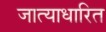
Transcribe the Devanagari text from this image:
जात्याधारित